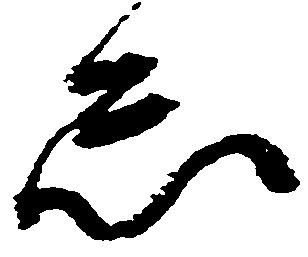
怠